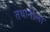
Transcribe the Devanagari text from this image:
तथानीला